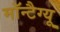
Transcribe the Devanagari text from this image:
मॉन्टैग्यू